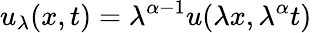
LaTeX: u_{\lambda}(x,t)=\lambda^{\alpha-1}u(\lambda x,\lambda^{\alpha}t)